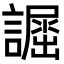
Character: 𧬲